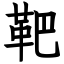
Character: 靶